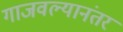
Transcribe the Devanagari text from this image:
गाजवल्यानंतर